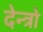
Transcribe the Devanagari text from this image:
देन्त्रो